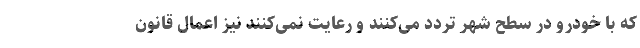
که با خودرو در سطح شهر تردد می‌کنند و رعایت نمی‌کنند نیز اعمال قانون